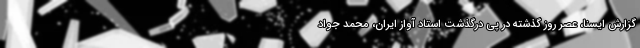
گزارش ایسنا، عصر روز گذشته در پی درگذشت استاد آواز ایران، محمد جواد